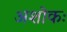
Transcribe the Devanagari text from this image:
अशोकः